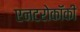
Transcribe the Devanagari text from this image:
एनटरोकॉकी